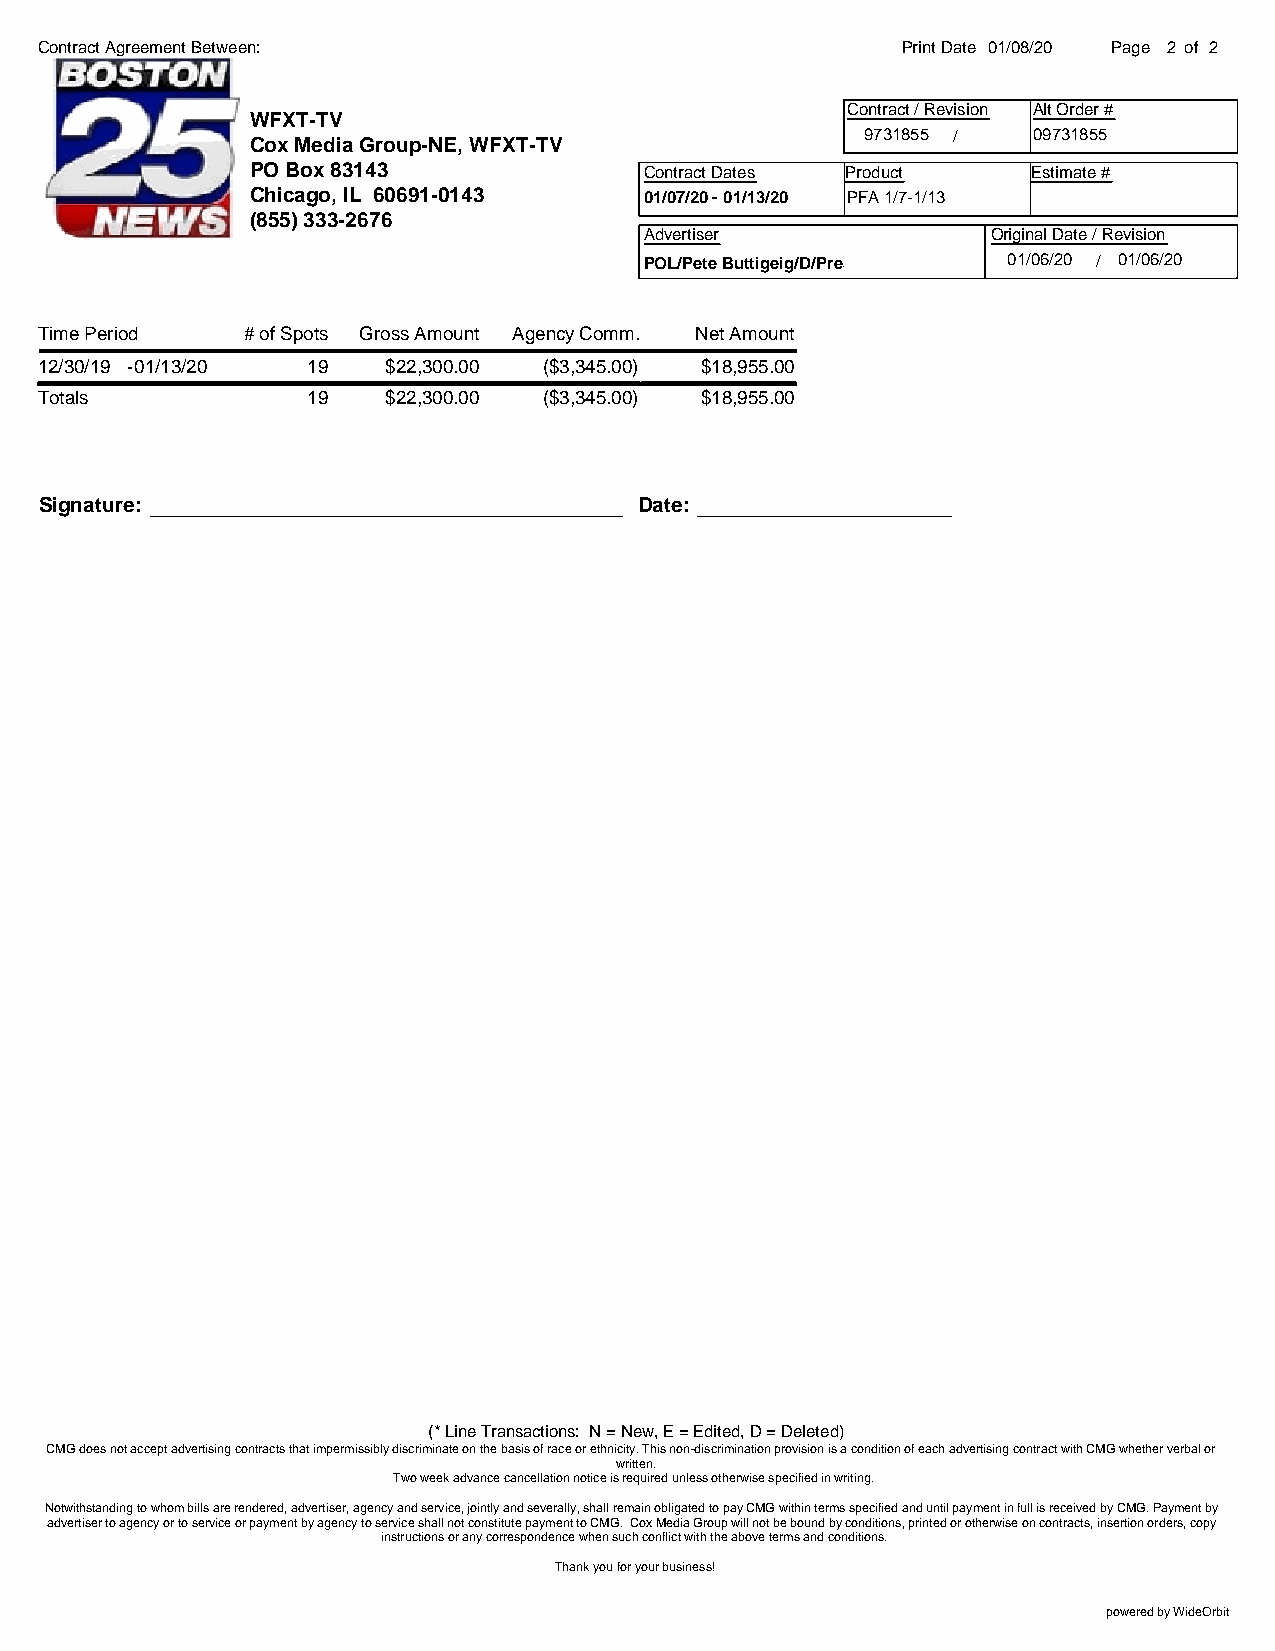
Contract Agreement Between:                               Print Date 01/08/20 Page 2 of 2
 Contract / Revision Alt Order #
 WFXT-TV
 9731855 /  09731855
 Cox Media Group-NE, WFXT-TV
 PO Box 83143              Contract Dates Product   Estimate #
 Chicago, IL 60691-0143    01/07/20 - 01/13/20 PFA 1/7-1/13
 (855) 333-2676
 Advertiser             Original Date / Revision
 POL/Pete Buttigeig/D/Pres-A 01/06/20 / 01/06/20
 Time Period   # of Spots Gross Amount Agency Comm. Net Amount
 12/30/19 -01/13/20 19   $22,300.00 ($3,345.00) $18,955.00
 Totals            19    $22,300.00 ($3,345.00) $18,955.00
 Signature:                             Date:
 (* Line Transactions: N = New, E = Edited, D = Deleted)
 CMG does not accept advertising contracts that impermissibly discriminate on the basis of race or ethnicity. This non-discrimination provision is a condition of each advertising contract with CMG whether verbal or
 written.
 Two week advance cancellation notice is required unless otherwise specified in writing.
 Notwithstanding to whom bills are rendered, advertiser, agency and service, jointly and severally, shall remain obligated to pay CMG within terms specified and until payment in full is received by CMG. Payment by
 advertiser to agency or to service or payment by agency to service shall not constitute payment to CMG. Cox Media Group will not be bound by conditions, printed or otherwise on contracts, insertion orders, copy
 instructions or any correspondence when such conflict with the above terms and conditions.
 Thank you for your business!
 powered by WideOrbit